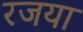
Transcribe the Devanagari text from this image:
रजया